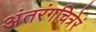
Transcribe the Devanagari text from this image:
अंतरंगचित्रेरं